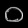
Digit: ၀